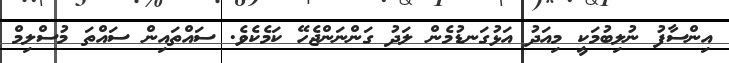
އިންސާފު ނުލިބުމަކީ މިއަދު އަޅުގަނޑުމެން ލަދު ގަންނަންޖެހޭ ކަމެކެވެ. ސައްތައިން ސައްތަ މުސްލިމް